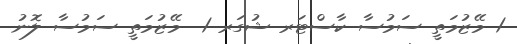
1 މޭޒުމަތީ ސަމުސާ ކާސްޓަރ ޝުގަރ 1  މޭޒުމަތީ ސަމުސާ ލޮނު